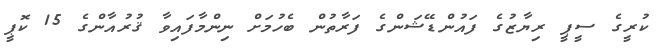
ކުރީގެ ސީޕީ ރިޔާޒުގެ ފައުންޑޭޝަންގެ ފަރާތުން ބެހުމަށް ނިންމާފައިވާ ޤުރުއާންގެ 15 ކޮޕީ